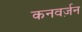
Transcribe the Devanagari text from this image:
कनवर्ज़न